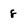
Character: 8